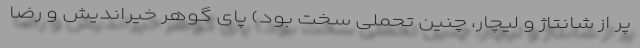
پر از شانتاژ و لیچار، چنین تحملی سخت بود) پای گوهر خیراندیش و رضا